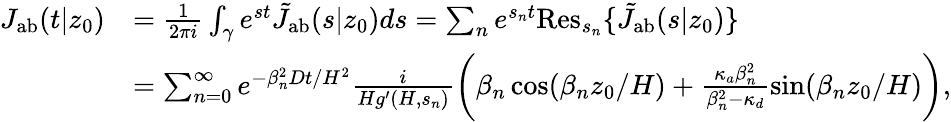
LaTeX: \begin{array}{rl}{J_{\mathrm{{ab}}}(t|z_{0})}&{=\frac{1}{2\pi i}\int_{\gamma}e^{st}\tilde{J}_{\mathrm{ab}}(s|z_{0})ds=\sum_{n}e^{s_{n}t}\textrm{Res}_{s_{n}}\{ \tilde{J}_{\mathrm{{ab}}}(s|z_{0})\} }\\ &{=\sum_{n=0}^{\infty}e^{-\beta_{n}^{2}Dt/H^{2}}\frac{i}{Hg^{\prime}(H,s_{n})}\biggl(\beta_{n}\cos(\beta_{n}z_{0}/H)+\frac{\kappa_{a}\beta_{n}^{2}}{\beta_{n}^{2}-\kappa_{d}}\sin(\beta_{n}z_{0}/H)\biggr),}\end{array}